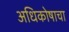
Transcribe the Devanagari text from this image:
अधिकोषाचा